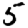
Digit: 5